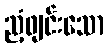
ညံ့ဖျင်းသော